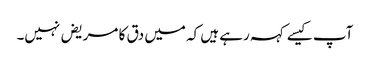
آپ کیسے کہہ رہے ہیں کہ میں دق کا مریض نہیں۔